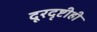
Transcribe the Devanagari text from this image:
दूरदृष्टीही